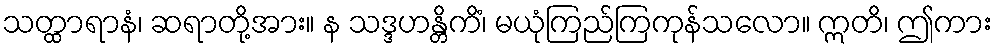
သတ္ထာရာနံ၊ ဆရာတို့အား။ န သဒ္ဒဟန္တိကိံ၊ မယုံကြည်ကြကုန်သလော။ ဣတိ၊ ဤကား